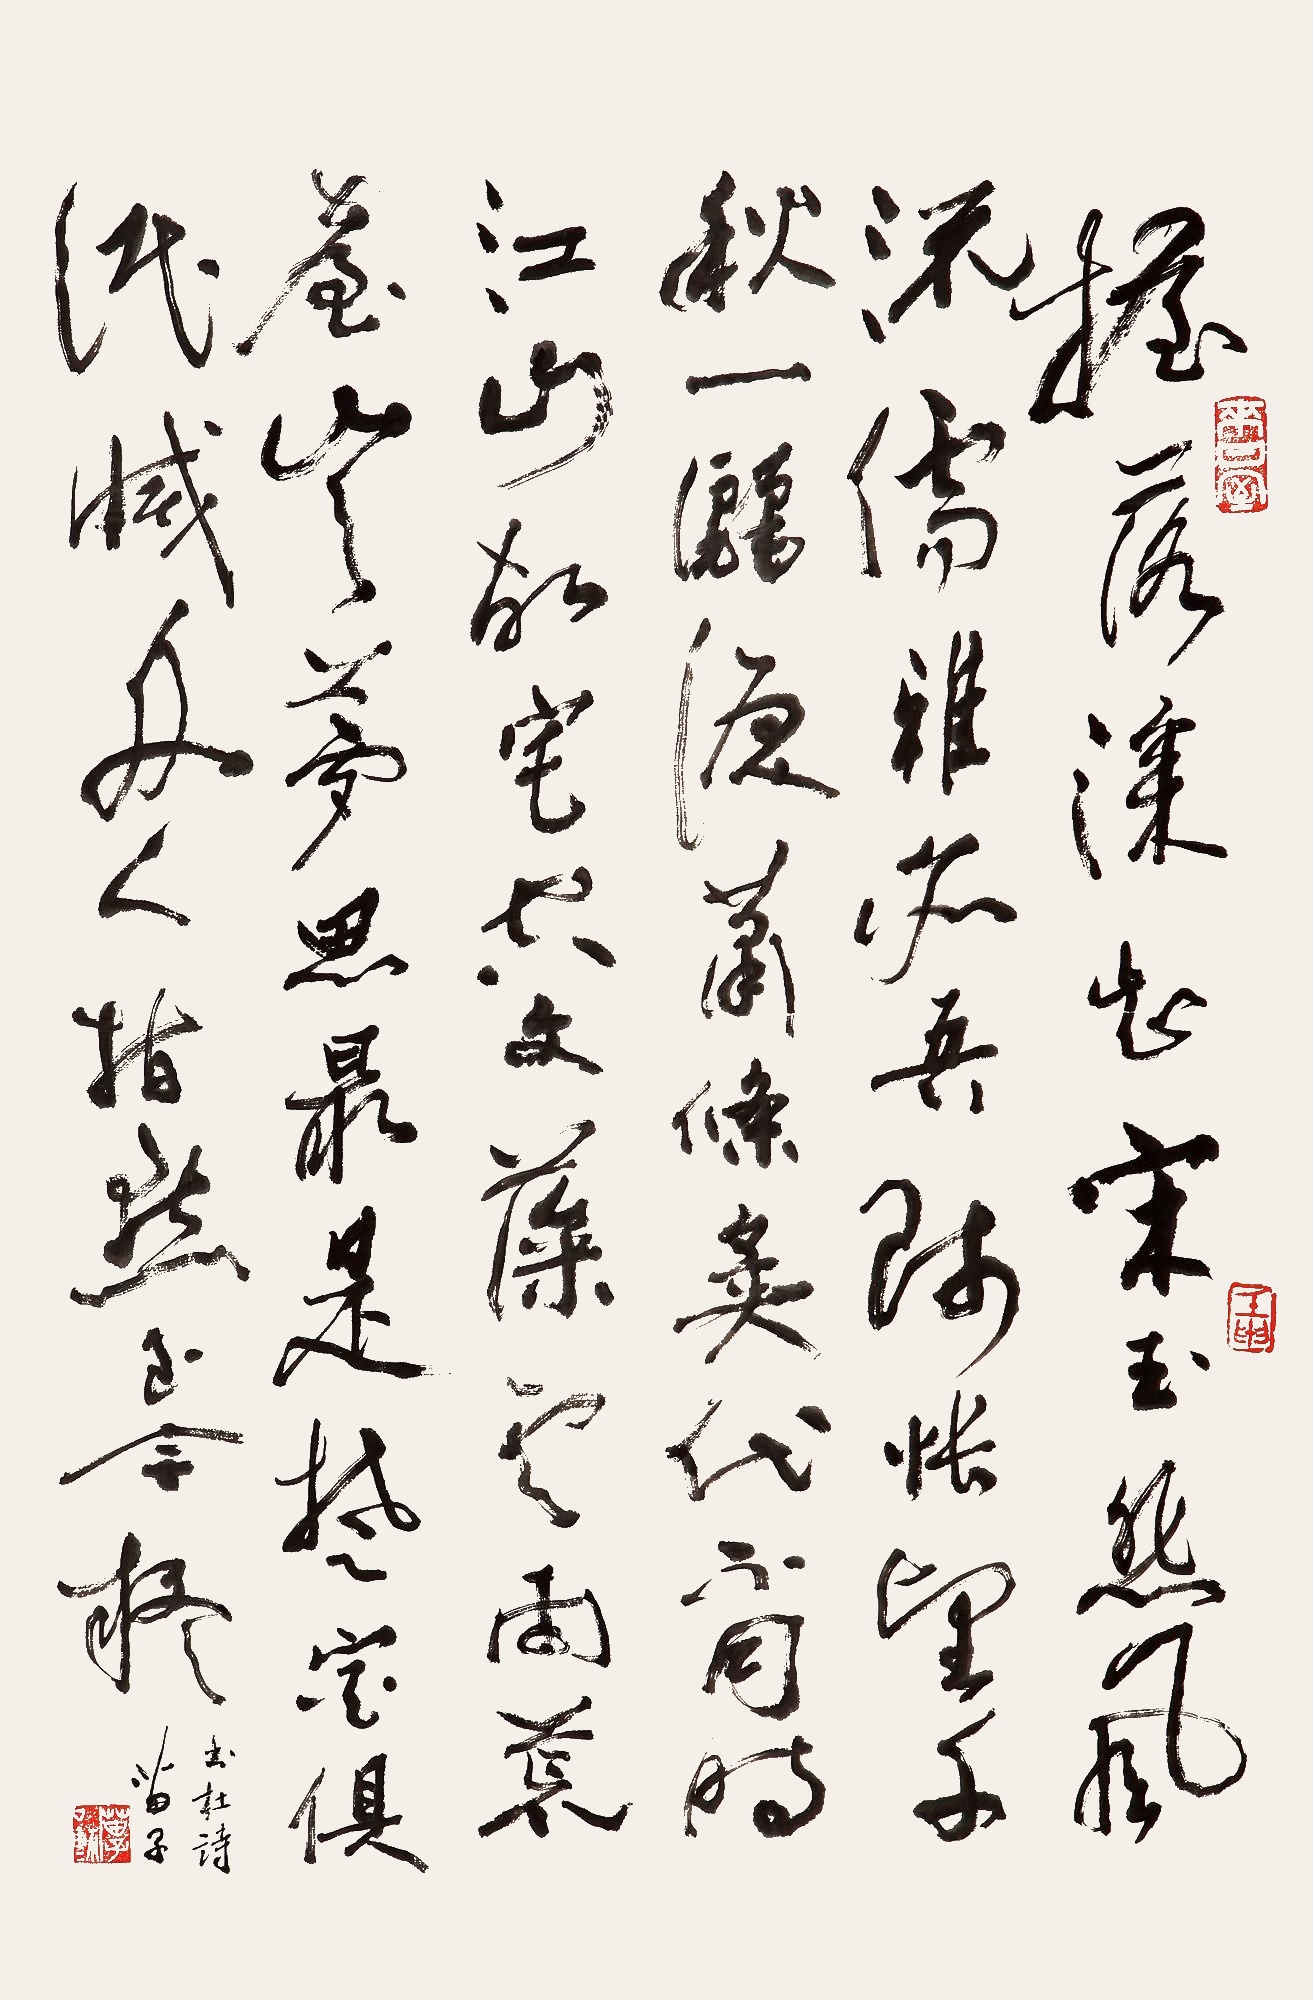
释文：摇落深知宋玉悲，风流儒雅亦吾师。怅望千秋一洒泪，萧条异代不同时。江山故宅空文藻，云雨荒台岂梦思。最是楚宫俱泯灭，舟人指点到今疑。书杜诗，苗子。壬申。